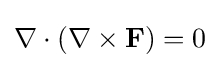
\nabla \cdot (\nabla \times \mathbf {F} )=0